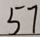
5 7